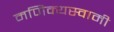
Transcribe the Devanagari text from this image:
मणिक्यस्वामी